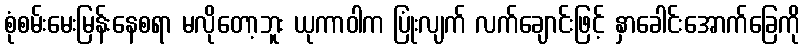
စုံစမ်းမေးမြန်းနေစရာ မလိုတော့ဘူး ယုကာဝါက ပြုံးလျက် လက်ချောင်းဖြင့် နှာခေါင်းအောက်ခြေကို